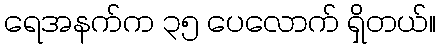
ရေအနက်က ၃၅ ပေလောက် ရှိတယ်။